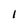
Character: 1